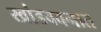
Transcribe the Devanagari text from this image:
खांडववनात